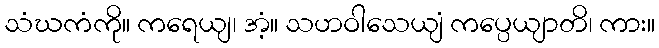
သံဃကံကို။ ကရေယျ၊ အံ့။ သဟဝါသေယျံ ကပ္ပေယျာတိ၊ ကား။